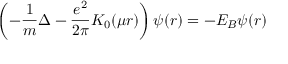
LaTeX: \left( - \frac { 1 } { m } \Delta - \frac { e ^ { 2 } } { 2 \pi } K _ { 0 } ( \mu r ) \right) \psi ( r ) = - E _ { B } \psi ( r )